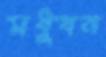
মধুবন